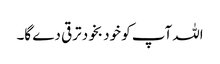
اللہ آپ کو خود بخود ترقی دے گا۔